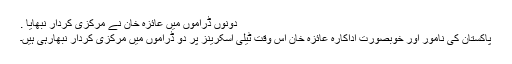
دونوں ڈراموں میں عائزہ خان نے مرکزی کردار نبھایا .
پاکستان کی نامور اور خوبصورت اداکارہ عائزہ خان اس وقت ٹیلی اسکرینز پر دو ڈراموں میں مرکزی کردار نبھارہی ہیں۔